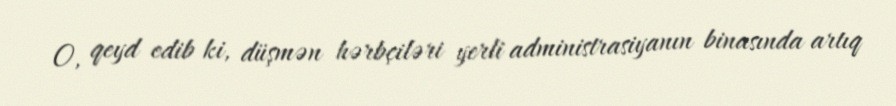
O, qeyd edib ki, düşmən hərbçiləri yerli administrasiyanın binasında artıq